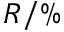
R / \%